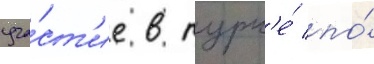
уча́ст'ие в турн'е́ по́